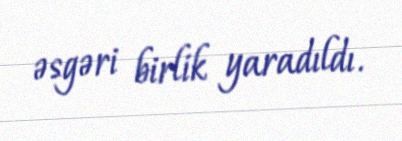
əsgəri birlik yaradıldı.